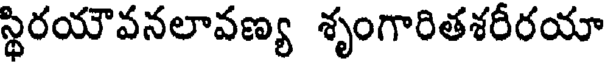
స్థిరయౌవనలావణ్య శృంగారితశరీరయా